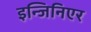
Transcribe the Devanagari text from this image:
इन्जिनिएर